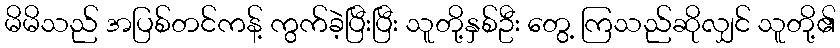
မိမိသည် အပြစ်တင်ကန့် ကွက်ခဲ့ပြီးပြီး သူတို့နှစ်ဦး တွေ့ ကြသည်ဆိုလျှင် သူတို့၏